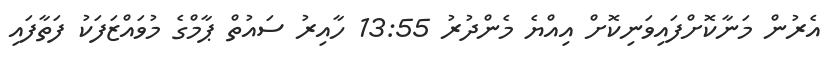
އެރުން މަނާކޮށްފައިވަނިކޮށް އިއްޔެ މެންދުރު 13:55 ހާއިރު ސައުތް ޕާމްގެ މުވައްޒަފަކު ފަތާފައި